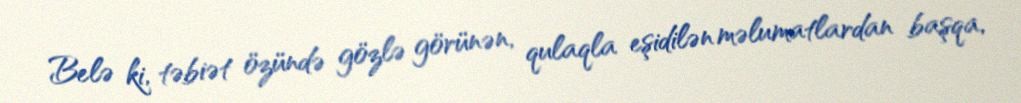
Belə ki, təbiət özündə gözlə görünən, qulaqla eşidilən məlumatlardan başqa,